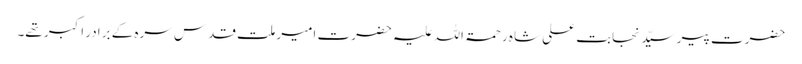
حضرت پیر سیّد نجابت علی شاہ رحمۃ اللہ علیہ حضرت امیر ملت قدس سرہ کے برادر اکبر تھے۔